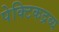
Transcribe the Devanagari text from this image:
पेक्टिकद्रव्य